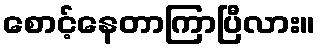
စောင့်နေတာကြာပြီလား။